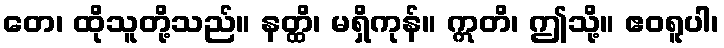
တေ၊ ထိုသူတို့သည်။ နတ္ထိ၊ မရှိကုန်။ ဣတိ၊ ဤသို့။ ဧဝရူပါ၊